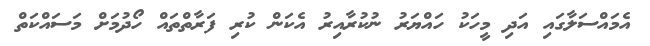
އެމައްސަލާގައި އަދި މީހަކު ހައްޔަރު ނުކުރާއިރު އެކަން ކުރި ފަރާތްތައް ހޯދުމަށް މަސައްކަތް